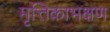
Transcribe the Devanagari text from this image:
मृत्तिकाभक्षण